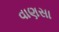
વાણસા